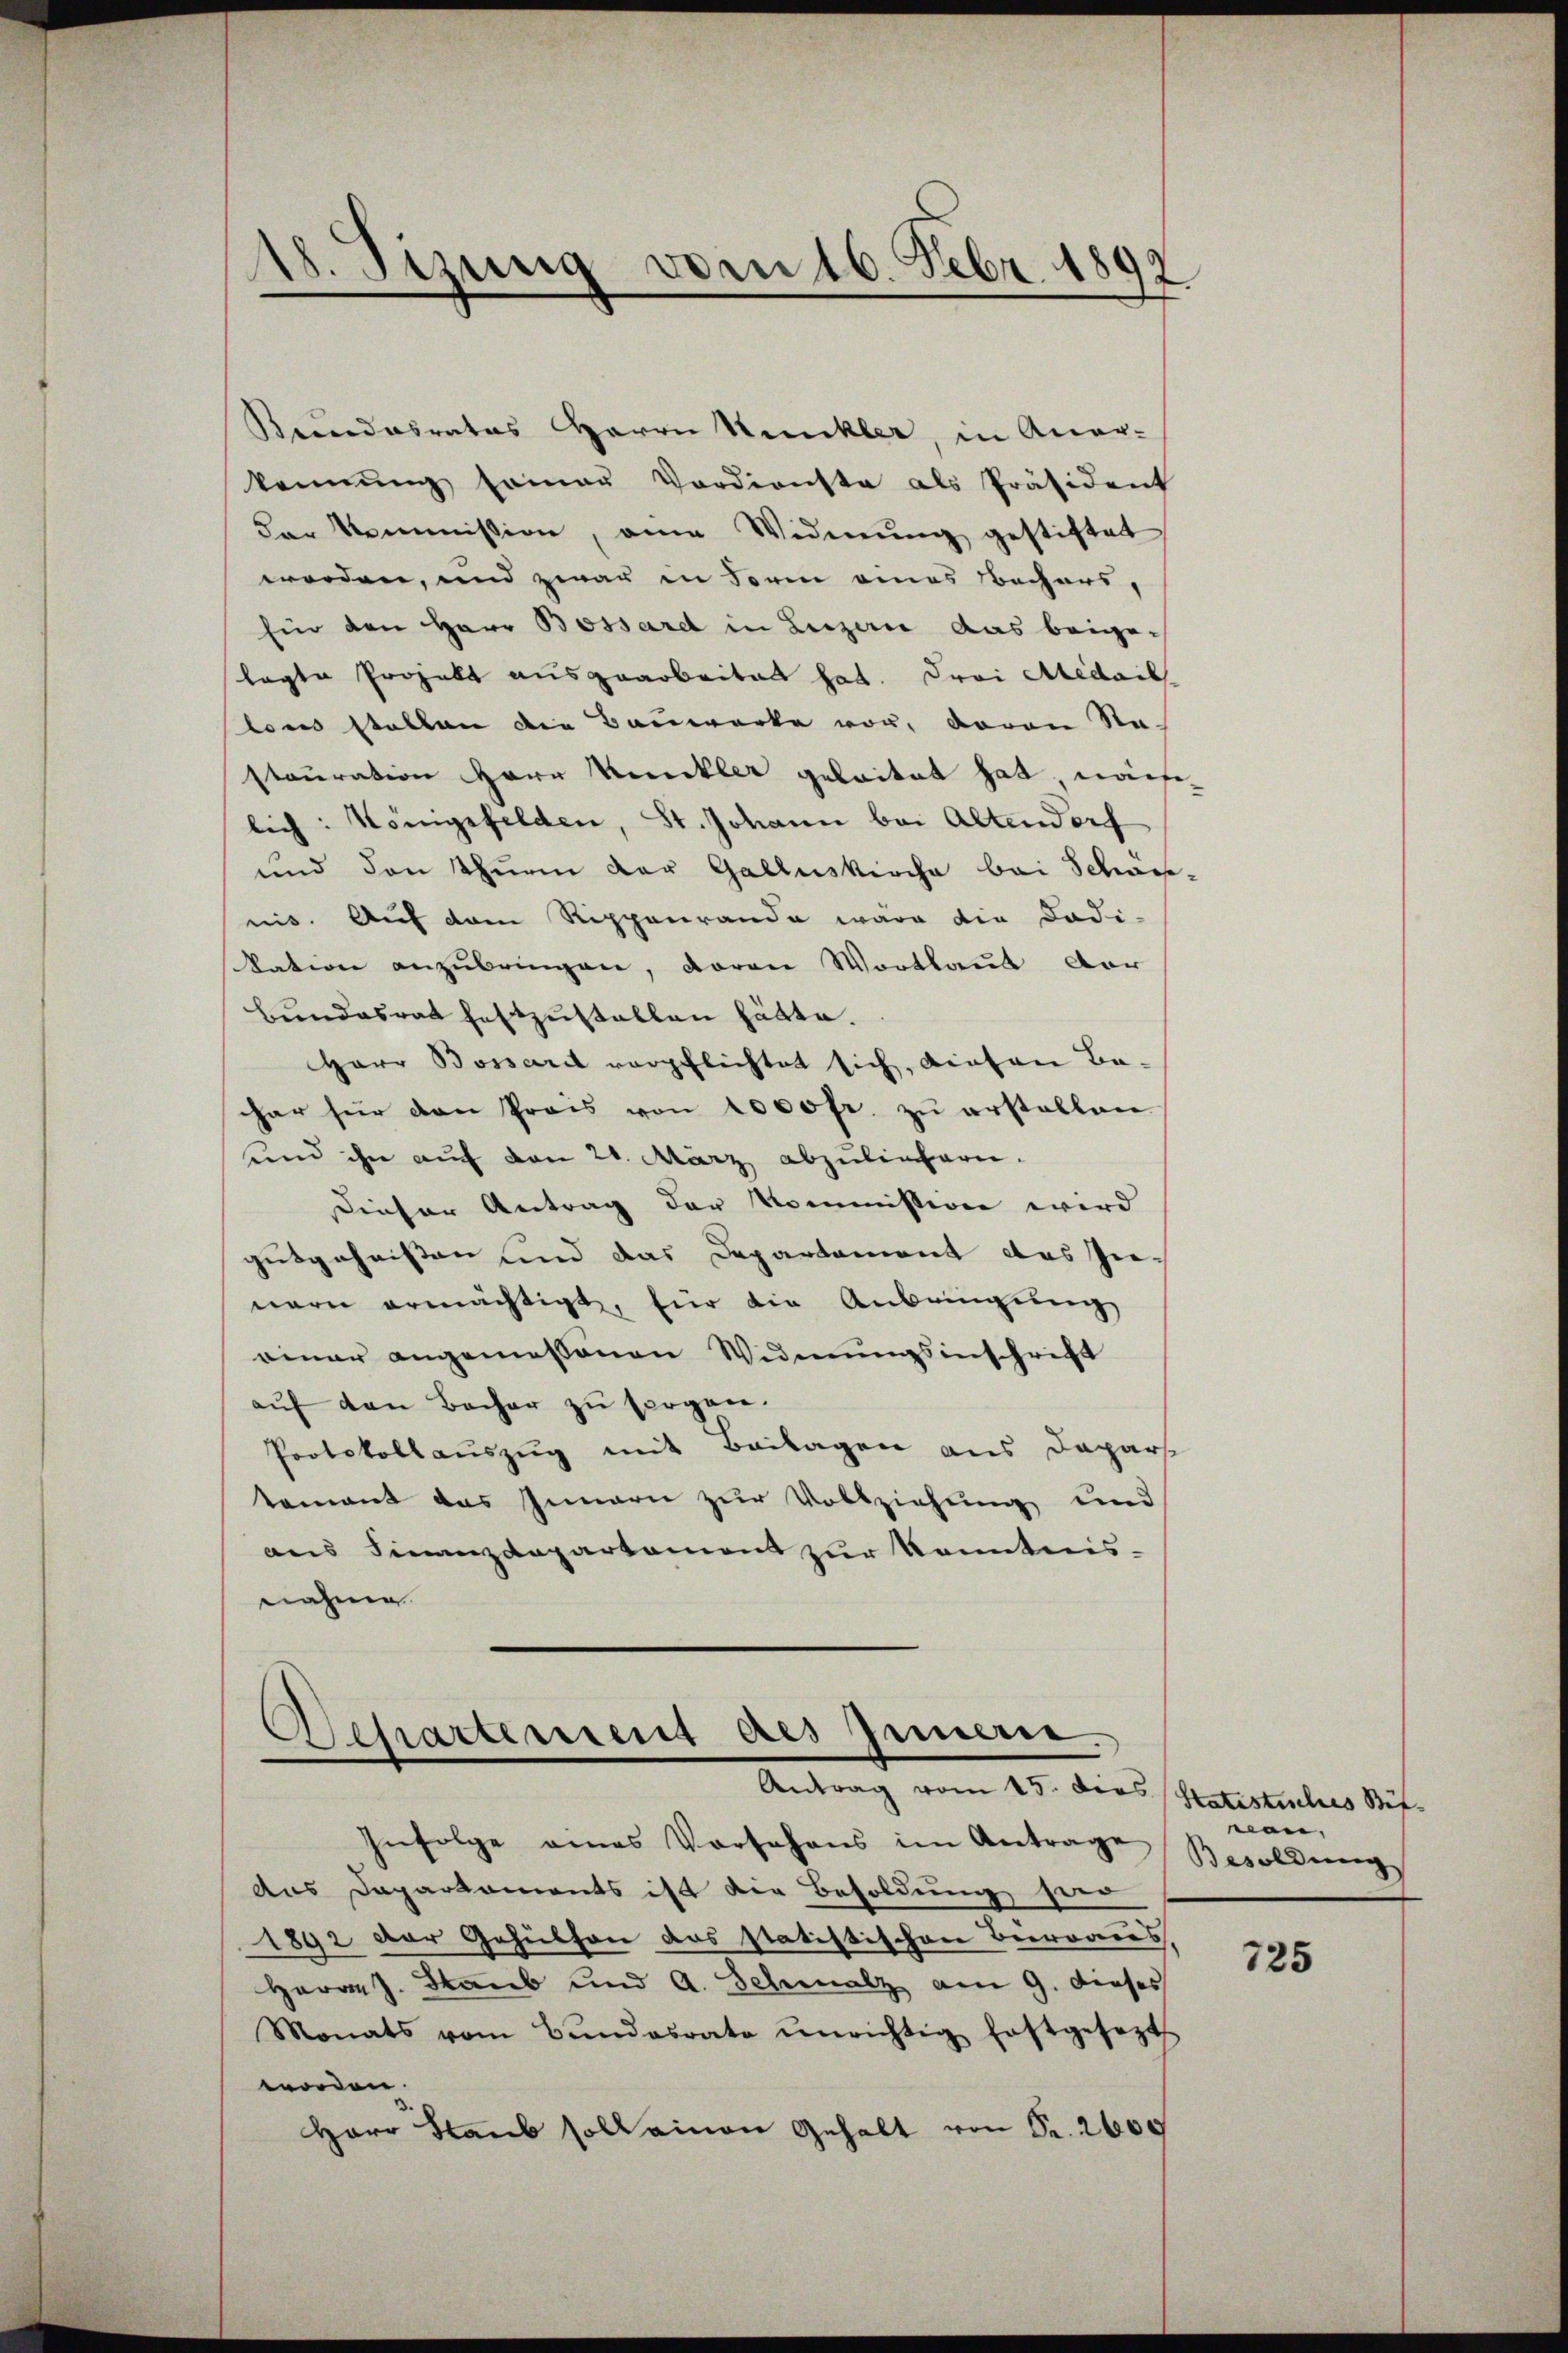
18. Sizung vom 16. Febr. 1892

Kundesrates Herrn Kunkler, in Aner-
kennung sonar Verdienste als Präsident
der kommission, ein Widmung gestiftet
worden, und zwar in Form eines Bechers,
Ein den Herr Bossard in Luzern das beigelagte Projekt ausgearbeitet hat. Droi Medail
lous stellen die Bauwerke vor, davon Sta-
stauration Herr Kunkler geleitet hat, nachlich: Königsfelden, St. Johann bei Altendorf
und den Thurm der Galluskirche bei Schön-
nis. Auf dem Rippenranda wäre die Dadi-
kation anzŭbringen, daran Wortlaut der
bŭndesrat festzŭstallen hätte.
Herr Bossart verpflichtet sich, diesen Ba-
har für den Preis von 1000fr. zŭ erstellen
und ihn auf den 21. März abzuliefern.
Dieser Antrag der Kommission wird
gutgeheißen und das Departament das Innern ermächtigt, für die Anbringung
einer angemessenen Widmungsinschrift
auf den Bacher zu sorgen.
Protokollauszug mit Beilagen aus Dapars
tement das Innern zur Vollziehung und
aus Finanzdepartement zur Kenntnis-
nahme

.
Separtement des Innerie.
Antrag vom 15. dies

Infolge eines Vorschens im Antrage
aus Daparkoments ist die Besoldung hier
1892 der Gehülfen das statistischen Beraus
Herrn J. Staub und A. Schmalz am 9. dieses
Monats vom Bŭndesrate ŭnrichtig festgesezt
worden.
Herr Staub soll einen Gehalt von Pr. 2600

Statistisches Bitnen,
Besoldung

725